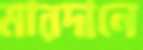
মারদানে